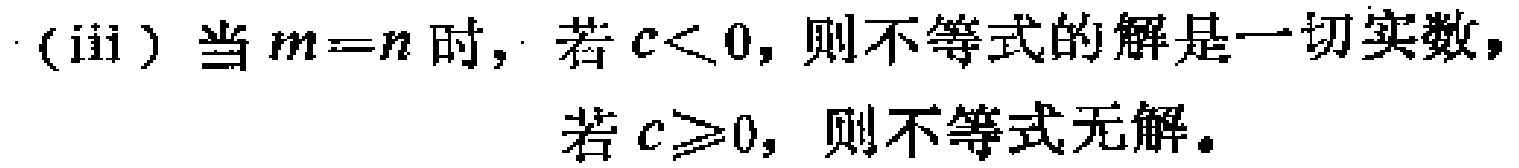
(iii) 当 \(m = n\) 时，若 \(c<0\)，则不等式的解是一切实数，若 \(c\geq0\)，则不等式无解。